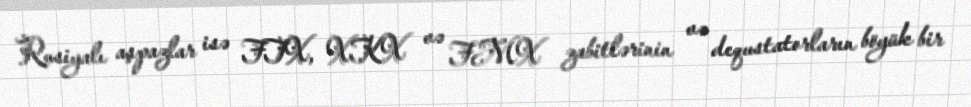
Rusiyalı aşpazlar isə FTX, XKX və FMX zabitlərinin və dequstatorların böyük bir